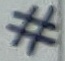
Text: #